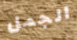
الجمل